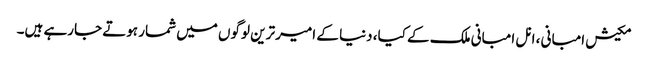
مکیش امبانی ، انل امبانی ملک کے کیا، دنیا کے امیر ترین لوگوں میں شمار ہوتے جارہے ہیں۔